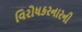
વિરોધકરનારની